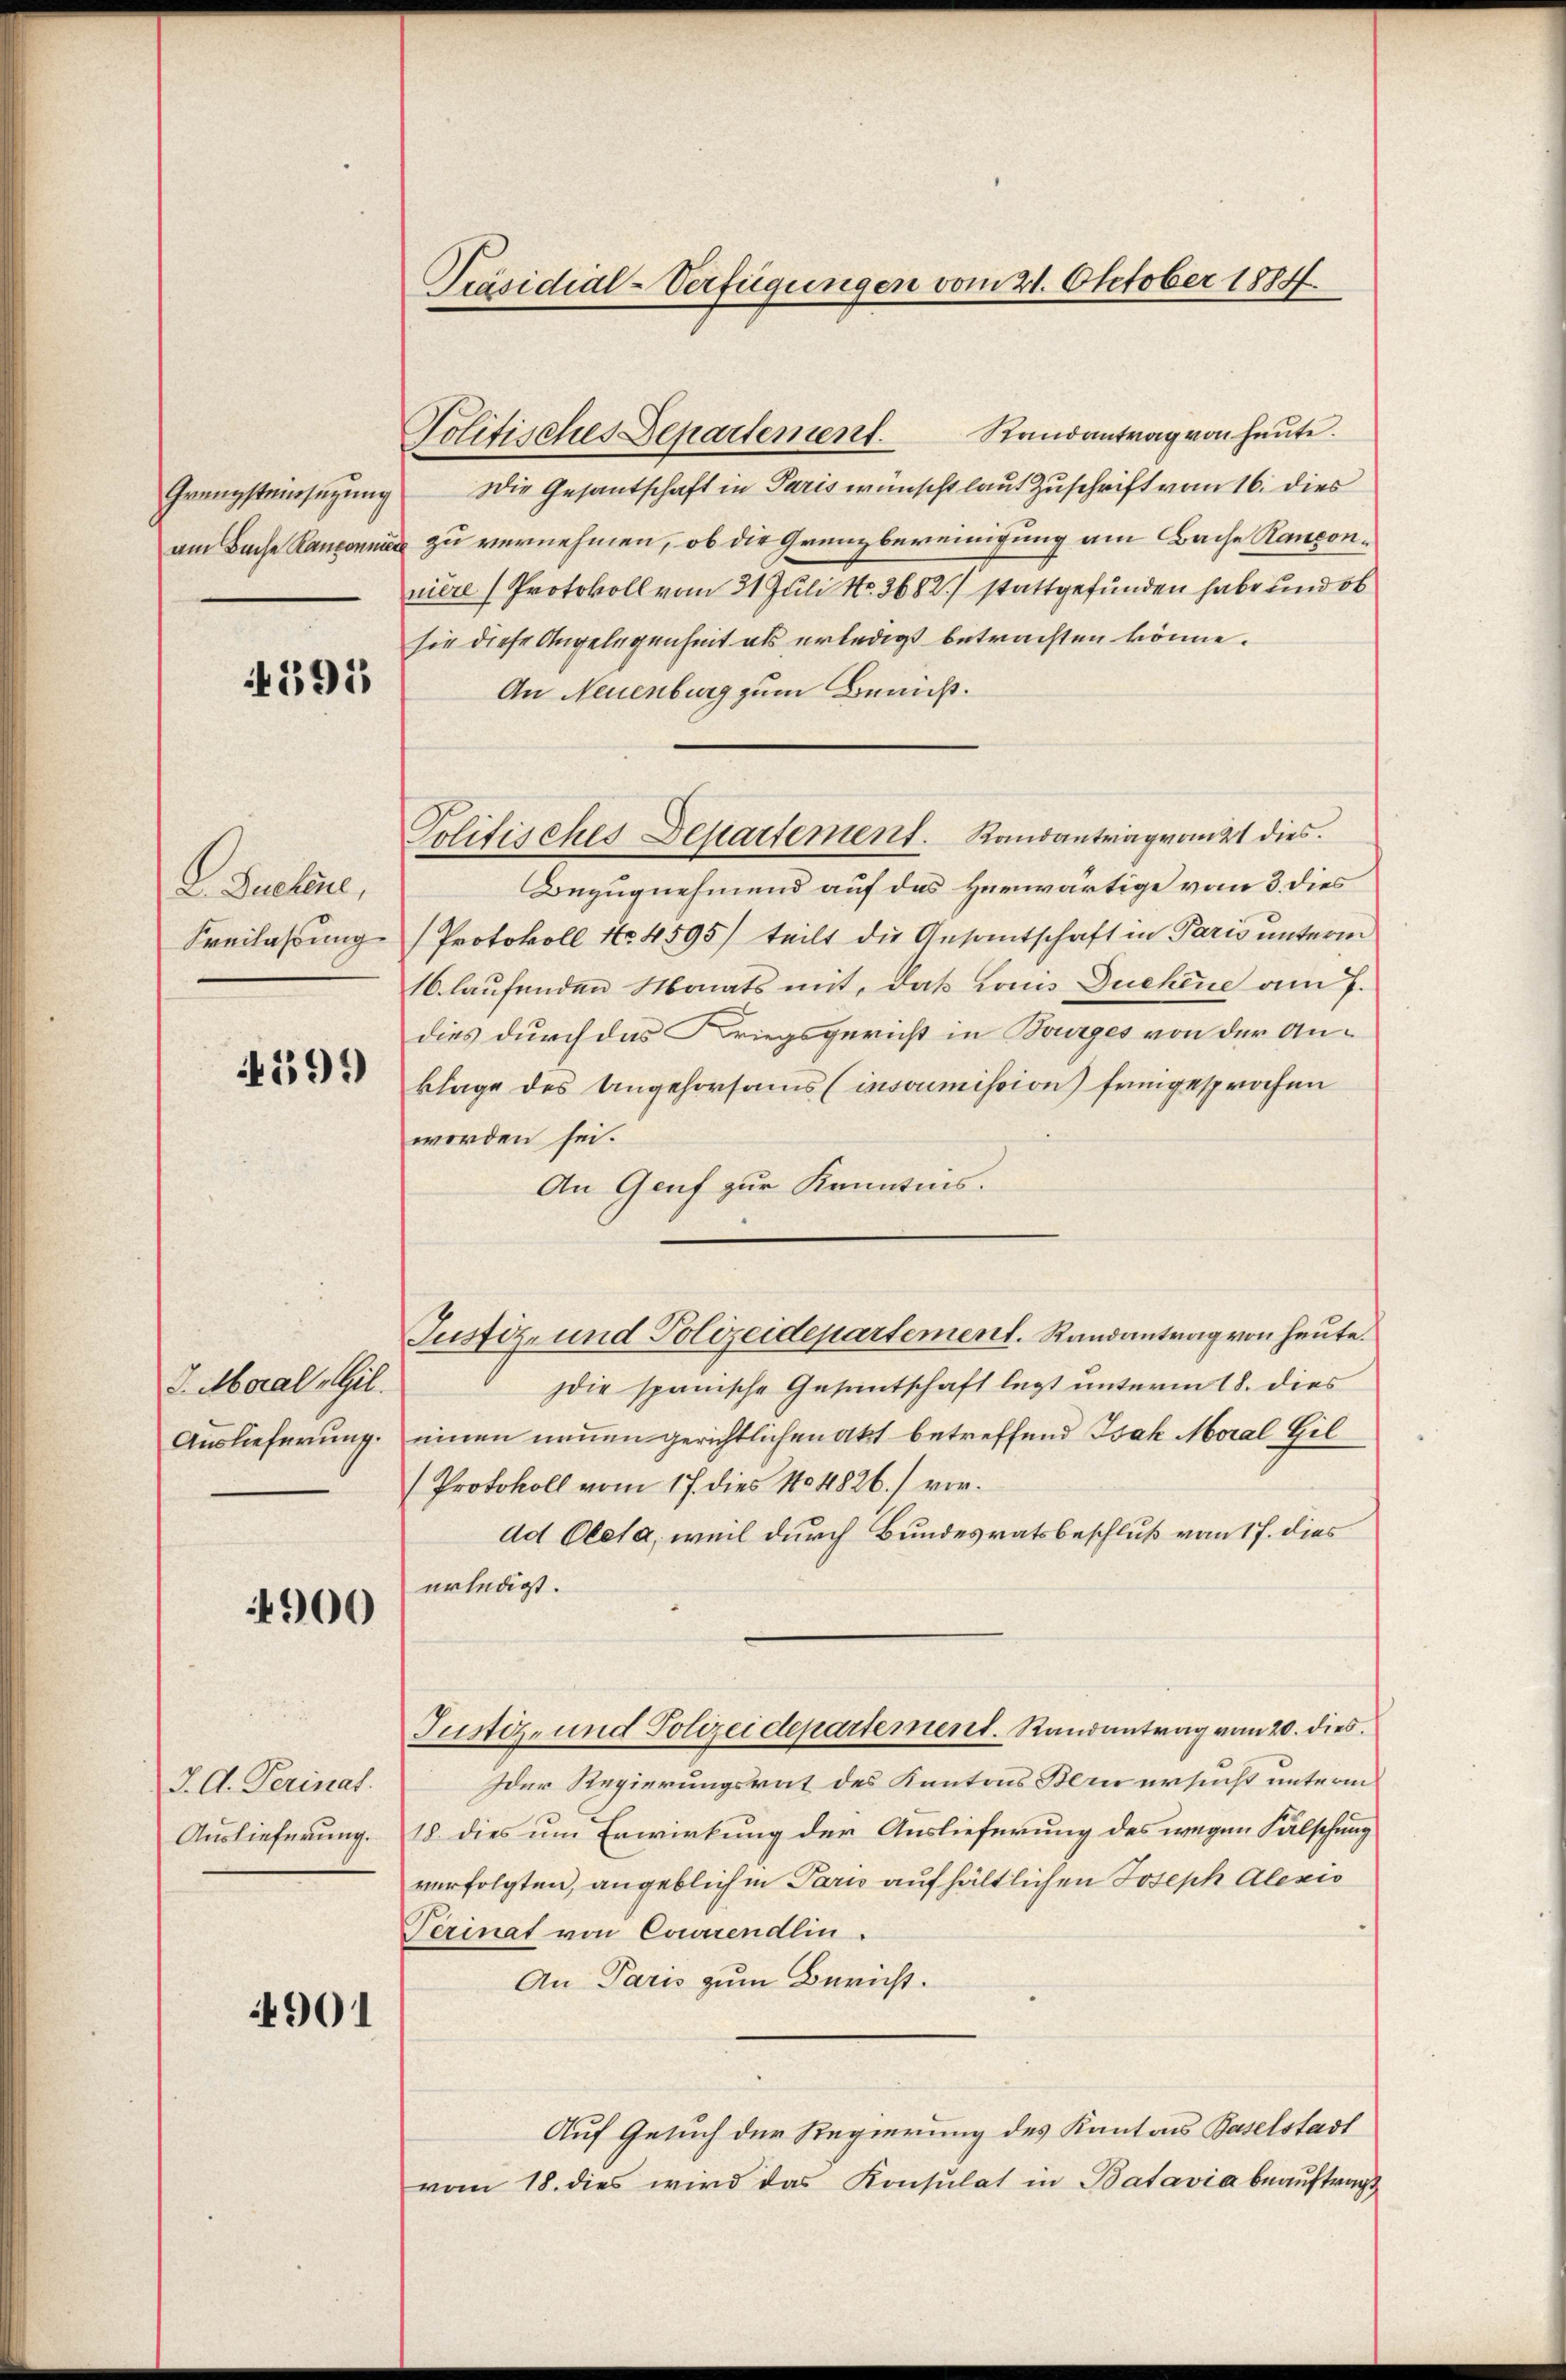
Grenzsteinsetzung

4591

L. Suchene,

4599

J. Moral Gil.

4900

J. A. Perinat.

901

Präsidial-Verfügungen vom 21. Oktober 1884.

Politisches Departement. Randantrag von heute.
Die Gesantschaft in Paris wünscht laut Zuschrift vom 16. dies
am Bache Rangonnes zu vernehmen, ob die Grenzbereinigung am Bache Ranconniere Protokoll vom 21. Juli No. 3682/ stattgefunden habe und ob
sie diese Angelegenheit als erledigt betrachten könne.
An Neuenburg zum Bericht.
Bezugnehmend auf das Herwärtige vom 3. dies
Freilassung (Protokoll No 4595) teilt die Gesamtschaft in Paris unterm
16 laufenden Monats mit, daß Lonis Duchene am 7.
dies durch das Kriegsgericht in Bourges von der Anklage des Angehorsams (insoumission freigesprochen
worden sei.
An Genf zur Kenntnis.
die spanische Gesuntschaft legt unterm 18. dies
Auslieferung einen neuen gerichtlichen Akt betreffend Isak Moral Gil
(Protokoll vom 17. dies 104826.) vordd Oleta, weil durch Bundesratsbeschluß vom 17. dies
erledigt.
Justiz- und Polizeidepartement. Randantrag vom 20. dies
Ider Regierungsrat des Kantons Bern ersucht unterm
Auslieferung. 18. dies um Erwirkung der Auslieferung des wegen Fälschung
verfolgten, angeblich in Paris aufhältlichen Joseph Alexis
Perinat von Couirendlin.
An Paris zum Bericht.
Auf Gesuch der Regierung des Kantons Baselstadt
vom 18. dies wird das Konsulat in Batavia beauftragt

Politisches Departement. Randantrag vom 21 dies

Justiz- und Polizeidepartement. Randantrag von heute.